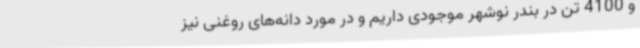
و 4100 تن در بندر نوشهر موجودی داریم و در مورد دانه‌های روغنی نیز